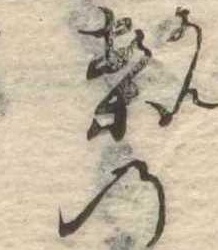
案の